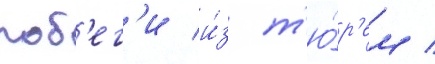
поб'ег'и и́з т'ю́р'ем /